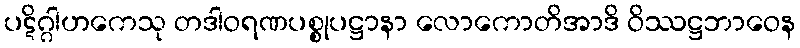
ပဋိဂ္ဂါဟကေသု တဒါဝရဏပစ္စုပဋ္ဌာနာ လောကောတိအာဒိ ဝိဿဋ္ဌဘာဝေန